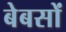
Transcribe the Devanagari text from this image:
बेबसों